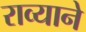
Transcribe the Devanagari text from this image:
राव्याने